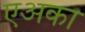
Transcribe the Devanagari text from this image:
एअका